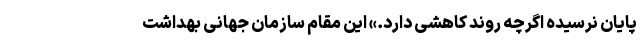
پایان نرسیده اگرچه روند کاهشی دارد.» این مقام سازمان جهانی بهداشت